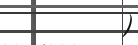
)